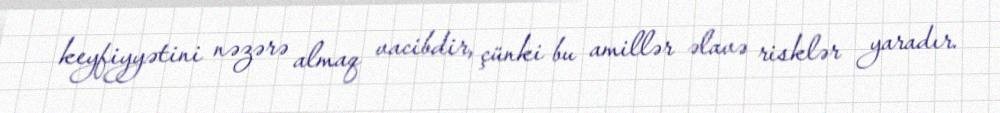
keyfiyyətini nəzərə almaq vacibdir, çünki bu amillər əlavə risklər yaradır.